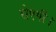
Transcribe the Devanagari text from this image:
रोएगी।